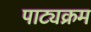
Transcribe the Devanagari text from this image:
पाट्यक्रम